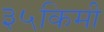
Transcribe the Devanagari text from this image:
३५किमी